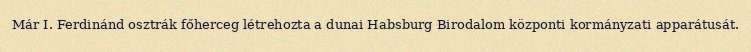
Már I. Ferdinánd osztrák főherceg létrehozta a dunai Habsburg Birodalom központi kormányzati apparátusát.